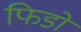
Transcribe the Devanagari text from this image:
फिडो